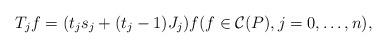
LaTeX: \begin{align*} T_j f=(t_j s_j+(t_j-1) J_j) f(f\in \mathcal C(P), j=0,\ldots ,n),\end{align*}